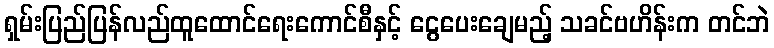
ရှမ်းပြည်ပြန်လည်ထူထောင်ရေးကောင်စီနှင့် ငွေပေးချေမည့် သခင်ဗဟိန်းက တင်ဘဲ